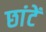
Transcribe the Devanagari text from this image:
छांटें